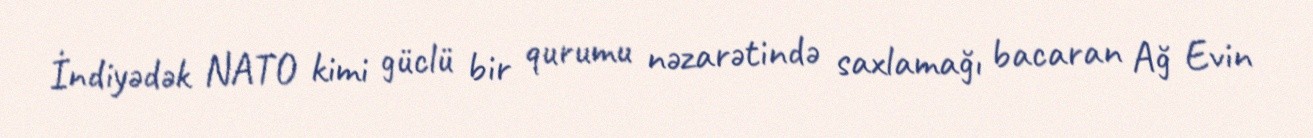
İndiyədək NATO kimi güclü bir qurumu nəzarətində saxlamağı bacaran Ağ Evin